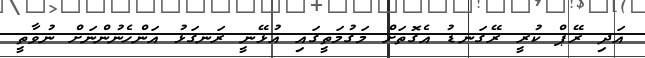
އަދި ރޭޕް ކުރީ ރޭގަނޑު އެގޮތަށް މަގުމަތީގައި އުޅޭނީ ރަނގަޅު އަންހެނުންނަށް ނުވާތީ